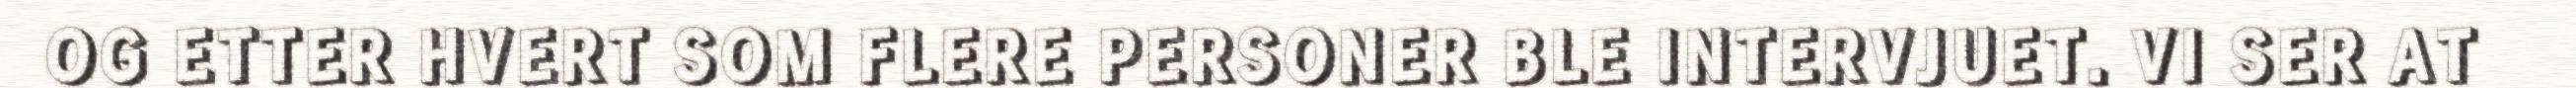
OG ETTER HVERT SOM FLERE PERSONER BLE INTERVJUET. VI SER AT